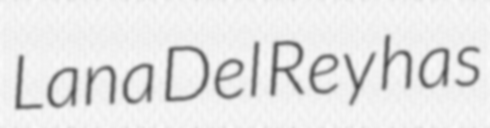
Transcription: Lana Del Rey has